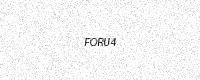
Text: FORU4